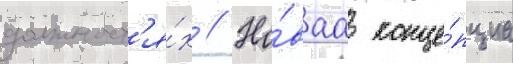
должност'я́х // Но́ваа конце́пциа